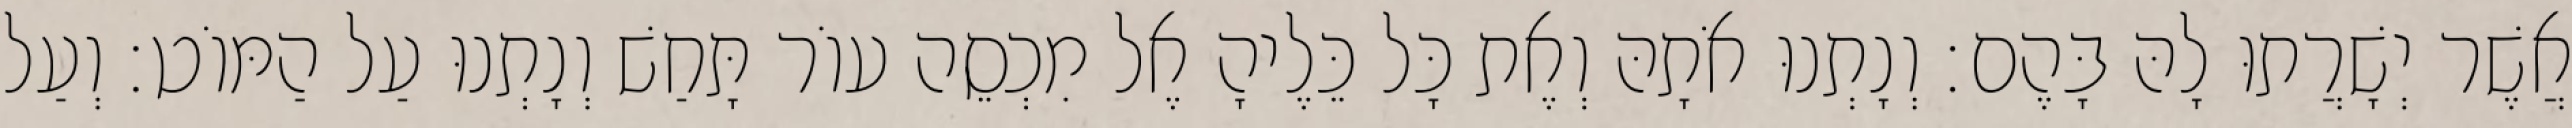
אֲשֶׁר יְשָׁרֲתוּ לָהּ בָּהֶם׃ וְנָתְנוּ אֹתָהּ וְאֶת כָּל כֵּלֶיהָ אֶל מִכְסֵה עוֹר תָּחַשׁ וְנָתְנוּ עַל הַמּוֹט׃ וְעַל